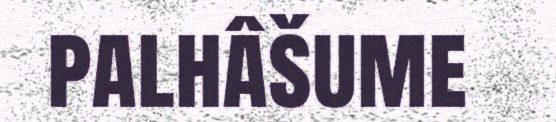
palhâšume